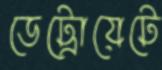
ডেট্রোয়েটে